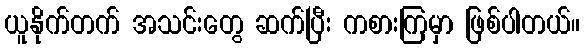
ယူနိုက်တက် အသင်းတွေ ဆက်ပြီး ကစားကြမှာ ဖြစ်ပါတယ်။